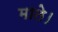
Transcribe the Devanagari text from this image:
माते।